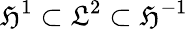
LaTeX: \mathfrak{H}^{1}\subset\mathfrak{L}^{2}\subset\mathfrak{H}^{-1}